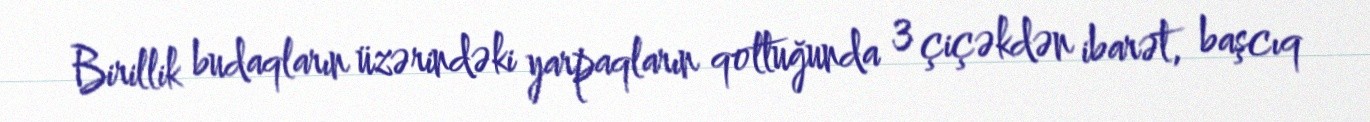
Birillik budaqların üzərindəki yarpaqların qoltuğunda 3 çiçəkdən ibarət, başcıq